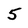
Character: 5